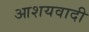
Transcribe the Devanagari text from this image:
आशयवादी